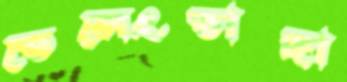
তেলেংতাঙ্গা